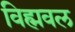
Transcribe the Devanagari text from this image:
विह्मवल